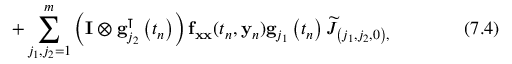
\qquad \qquad + \sum _ { j _ { 1 } , j _ { 2 } = 1 } ^ { m } \left( \mathbf { I } \otimes \mathbf { g } _ { j _ { 2 } } ^ { \intercal } \left( t _ { n } \right) \right) \mathbf { f } _ { \mathbf { x x } } ( t _ { n } , \mathbf { y } _ { n } ) \mathbf { g } _ { j _ { 1 } } \left( t _ { n } \right) { \widetilde { J } } _ { \left( j _ { 1 } , j _ { 2 } , 0 \right) , } \qquad \qquad ( 7 . 4 )